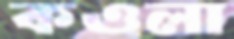
কওলা